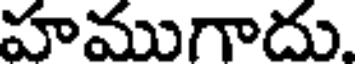
హముగాదు.